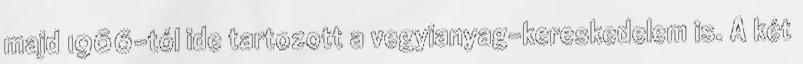
majd 1966-tól ide tartozott a vegyianyag-kereskedelem is. A két